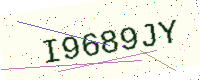
Text: I9689JY